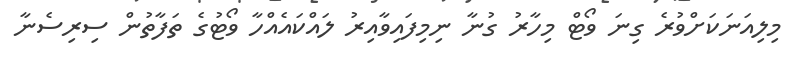
މިލިއަނަކަށްވުރެ ގިނަ ވޯޓް މިހާރު ގުނާ ނިމިފައިވާއިރު ލައްކައެއްހާ ވޯޓުގެ ތަފާތުން ސިރިސެނާ